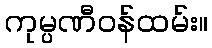
ကုမ္ပဏီဝန်ထမ်း။